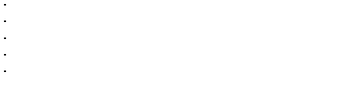
\begin{array} { c } { . } \\ { . } \\ { . } \\ { . } \\ { { } . } \\ \end{array}